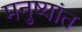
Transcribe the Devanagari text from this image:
मनुष्यांत